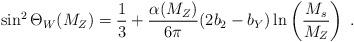
LaTeX: \begin{align*}\sin^2\Theta_W (M_Z) = \frac{1}{3}+\frac{\alpha(M_Z)}{6\pi} (2b_2-b_Y)\ln\left(\frac{M_s}{M_Z}\right) \; .\end{align*}